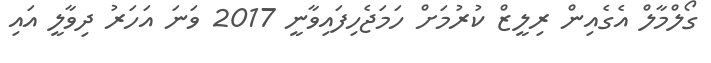
ގޯލްމާލް އެގެއިން ރިލީޒް ކުރުމަށް ހަމަޖެހިފައިވާނީ 2017 ވަނަ އަހަރު ދިވާލީ އައި